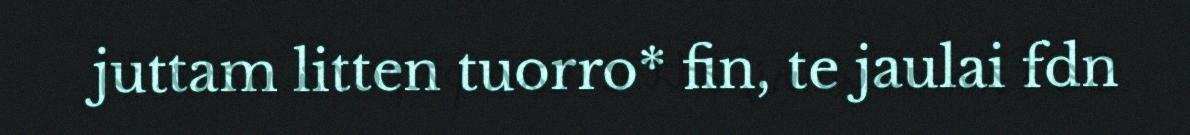
juttam litten tuorro* fin, te jaulai fdn